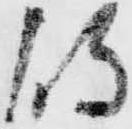
侍